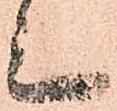
上